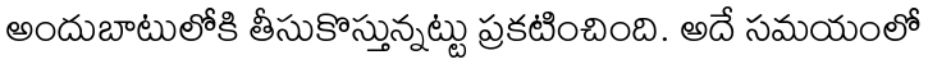
అందుబాటులోకి తీసుకొస్తున్నట్టు ప్రకటించింది. అదే సమయంలో